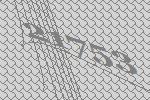
21753